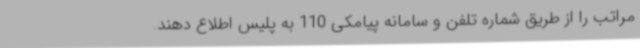
مراتب را از طریق شماره تلفن و سامانه پیامکی 110 به پلیس اطلاع دهند.